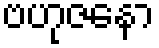
ဗဟုဇနော